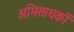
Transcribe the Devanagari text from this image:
अभिसाधकों